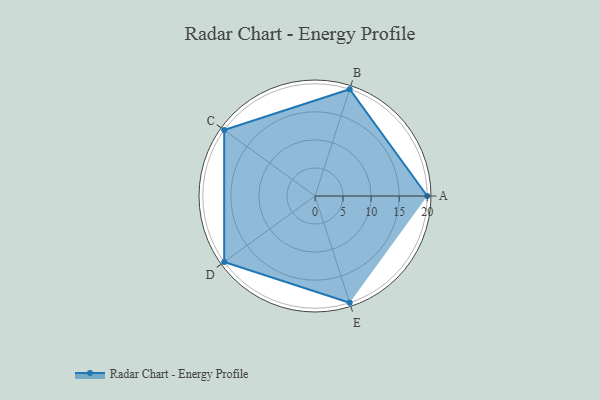
{"axis": {"x": "Skill", "y": "Score"}, "legend": ["Profile"], "data": [{"x": "A", "y": 20, "type": "Profile"}, {"x": "B", "y": 20, "type": "Profile"}, {"x": "C", "y": 20, "type": "Profile"}, {"x": "D", "y": 20, "type": "Profile"}, {"x": "E", "y": 20, "type": "Profile"}]}